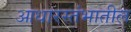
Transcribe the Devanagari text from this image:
आधारस्तंभातील